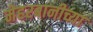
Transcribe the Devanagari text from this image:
मेहरबानीच्या